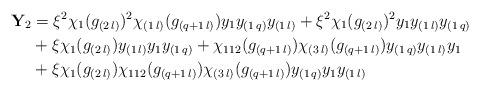
LaTeX: \begin{align*}{\bf Y}_2&=\xi^2\chi_{1}(g_{(2\,l)})^2\chi_{(1\,l)}(g_{(q+1\,l)})y_1y_{(1\,q)}y_{(1\,l)}+\xi^2\chi_{1}(g_{(2\,l)})^2y_1y_{(1\,l)}y_{(1\,q)}\\&+\xi\chi_{1}(g_{(2\,l)})y_{(1\,l)}y_1y_{(1\,q)}+\chi_{112}(g_{(q+1\,l)})\chi_{(3\,l)}(g_{(q+1\,l)})y_{(1\,q)}y_{(1\,l)}y_1\\&+\xi\chi_{1}(g_{(2\,l)})\chi_{112}(g_{(q+1\,l)})\chi_{(3\,l)}(g_{(q+1\,l)})y_{(1\,q)}y_1y_{(1\,l)}\end{align*}